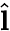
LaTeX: \hat{\mathbf l}